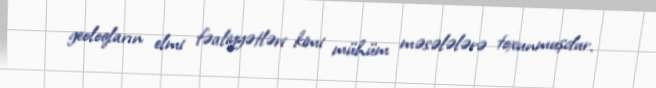
geoloqların elmi fəaliyyətləri kimi mühüm məsələlərə toxunmuşdur.